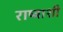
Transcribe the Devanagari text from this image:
राष्ट्राशी